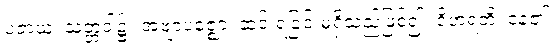
ပဇာယ၊ သတ္တဝါ၌။ အဗျာပဇ္ဈော၊ ဆင်းရဲခြင်းမရှိသည်ဖြစ်၍။ ဝိဟရတိ၊ နေ၏။